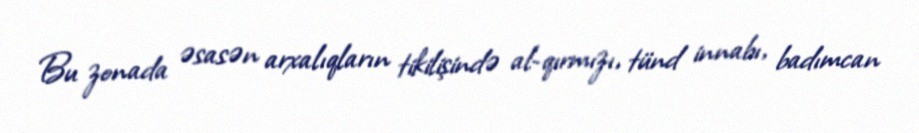
Bu zonada əsasən arxalıqların tikilişində al-qırmızı, tünd innabı, badımcan